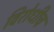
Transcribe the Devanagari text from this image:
विरोधीच